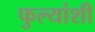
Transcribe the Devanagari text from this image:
फुल्यांशी